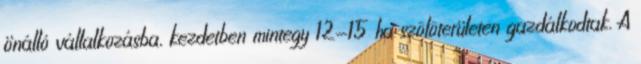
önálló vállalkozásba, kezdetben mintegy 12-15 ha szôlôterületen gazdálkodtak. A